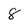
Character: 8